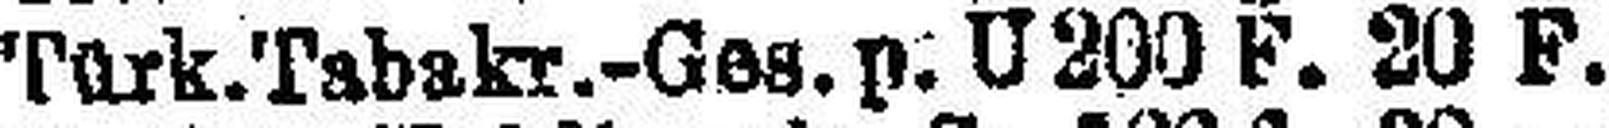
Türk. Tabakr.-Ges.p. U 200 F. 20 F.